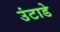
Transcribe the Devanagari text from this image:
उंटाडे